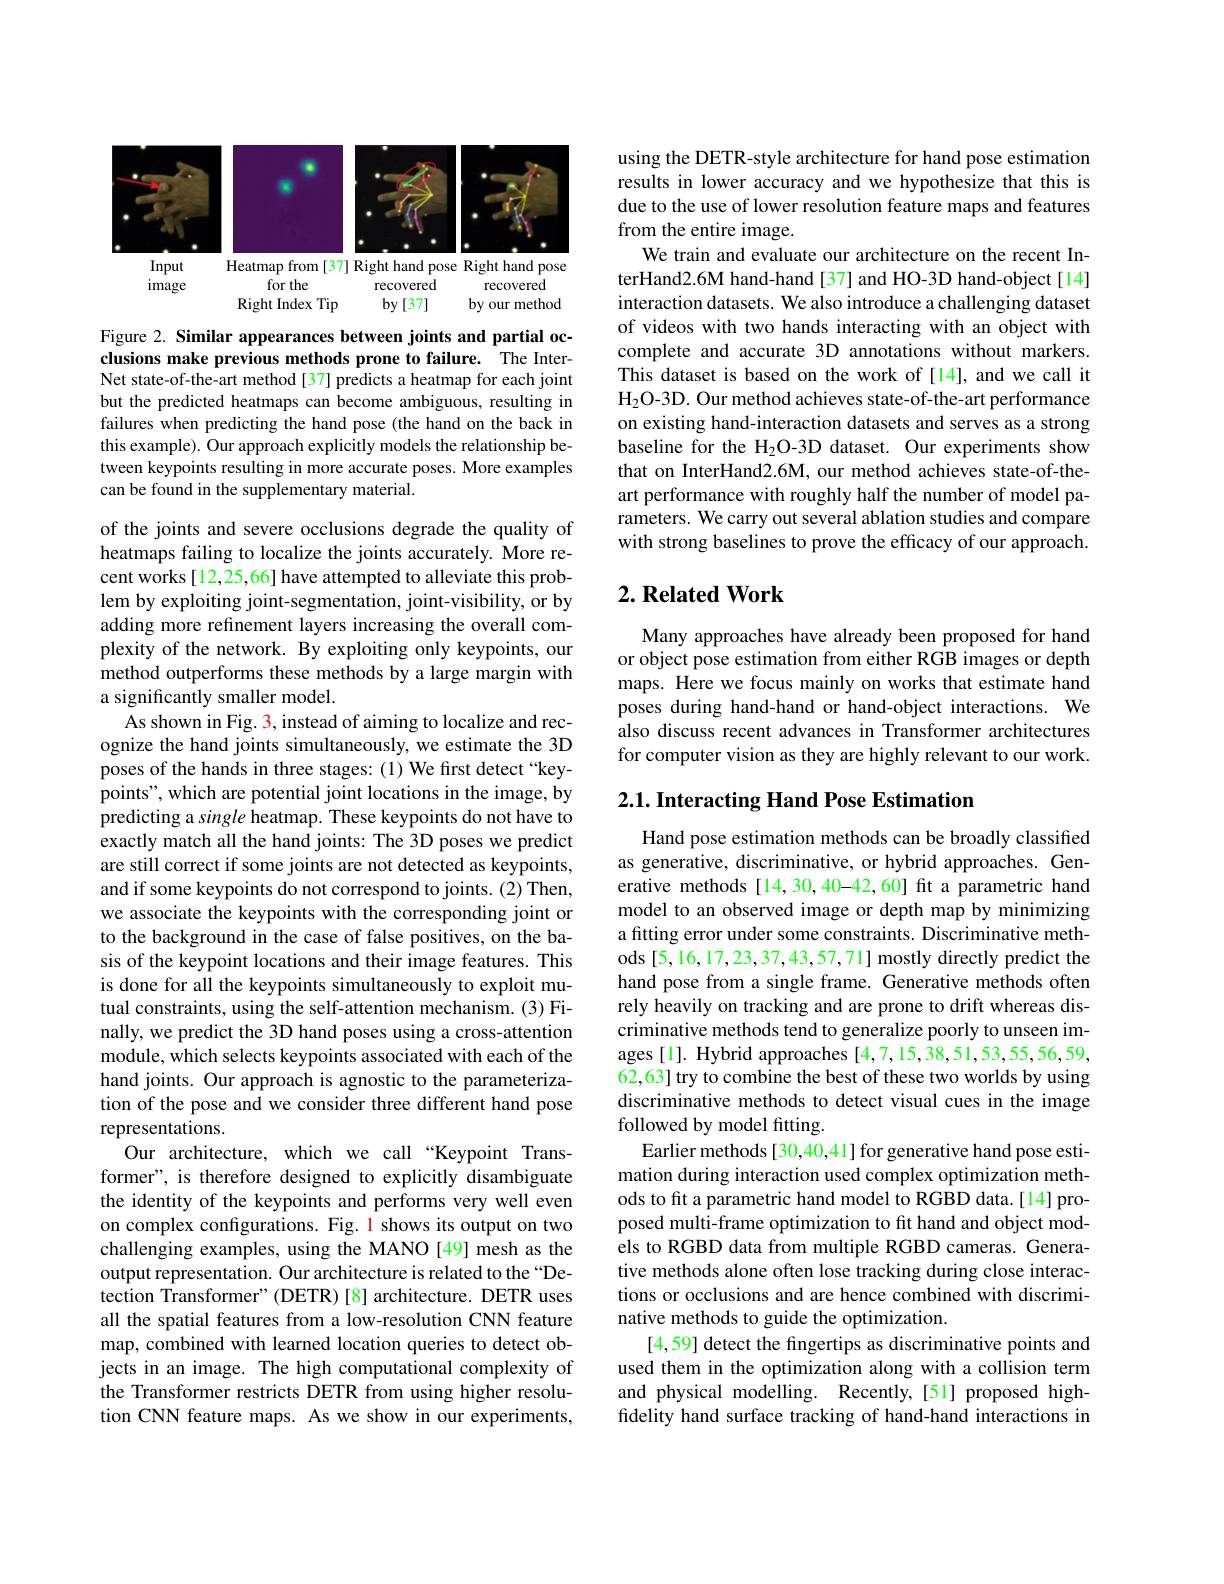
<FigureHere>

Figure 2. Similar appearances between joints and partial occlusions make previous methods prone to failure. The InterNet state-of-the-art method[37] predicts a heatmap for each joint but the predicted heatmaps can become ambiguous, resulting in failures when predicting the hand pose (the hand on the back in this example). Our approach explicitly models the relationship between keypoints resulting in more accurate poses. More examples can be found in the supplementary material.

of the joints and severe occlusions degrade the quality of heatmaps failing to localize the joints accurately. More recent works[12,25,66] have attempted to alleviate this problem by exploiting joint-segmentation, joint-visibility, or by adding more refinement layers increasing the overall complexity of the network. By exploiting only keypoints, our method outperforms these methods by a large margin with a significantly smaller model.
As shown in Fig. 3, instead of aiming to localize and recognize the hand joints simultaneously, we estimate the 3D poses of the hands in three stages: (1) We first detect“keypoints", which are potential joint locations in the image, by predicting a single heatmap. These keypoints do not have to exactly match all the hand joints: The 3D poses we predict are still correct if some joints are not detected as keypoints, and if some keypoints do not correspond to joints. (2) Then, we associate the keypoints with the corresponding joint or to the background in the case of false positives, on the basis of the keypoint locations and their image features. This is done for all the keypoints simultaneously to exploit mutual constraints, using the self-attention mechanism.(3) Finally, we predict the 3D hand poses using a cross-attention module, which selects keypoints associated with each of the hand joints. Our approach is agnostic to the parameterization of the pose and we consider three different hand pose representations.
Our architecture, which we call “Keypoint Transformer", is therefore designed to explicitly disambiguate the identity of the keypoints and performs very well even on complex configurations. Fig. 1 shows its output on two challenging examples, using the MANO [49] mesh as the output representation. Our architecture is related to the “Detection Transformer" (DETR) [8] architecture. DETR uses all the spatial features from a low-resolution CNN feature map, combined with learned location queries to detect objects in an image. The high computational complexity of the Transformer restricts DETR from using higher resolution CNN feature maps. As we show in our experiments,

using the DETR-style architecture for hand pose estimation results in lower accuracy and we hypothesize that this is due to the use of lower resolution feature maps and features from the entire image.
We train and evaluate our architecture on the recent InterHand2.6M hand-hand[37] and HO-3D hand-object[14] interaction datasets. We also introduce a challenging dataset of videos with two hands interacting with an object with complete and accurate 3D annotations without markers. This dataset is based on the work of [14], and we call it $H_2$O- 3D. Our method achieves state- of- the- art performance on existing hand-interaction datasets and serves as a strong baseline for the H2O-3D dataset. Our experiments show that on InterHand2.6M, our method achieves state-of-theart performance with roughly half the number of model parameters. We carry out several ablation studies and compare with strong baselines to prove the efficacy of our approach.

## $2. \textbf{Related Work}$

Many approaches have already been proposed for hand or object pose estimation from either RGB images or depth maps. Here we focus mainly on works that estimate hand poses during hand-hand or hand-object interactions. We also discuss recent advances in Transformer architectures for computer vision as they are highly relevant to our work.

## $2. 1. \textbf{ Interacting Hand Pose Estimation}$

Hand pose estimation methods can be broadly classified as generative, discriminative, or hybrid approaches. Generative methods [14,30,40-42,60] fit a parametric hand model to an observed image or depth map by minimizing a fitting error under some constraints. Discriminative methods [5,16,17,23,37,43,57,71] mostly directly predict the hand pose from a single frame. Generative methods often rely heavily on tracking and are prone to drift whereas discriminative methods tend to generalize poorly to unseen images[1]. Hybrid approaches [4,7,15,38,51,53,55,56,59, 62,63] try to combine the best of these two worlds by using discriminative methods to detect visual cues in the image followed by model fitting.
Earlier methods [30,40,41] for generative hand pose estimation during interaction used complex optimization methods to fit a parametric hand model to RGBD data.[14] proposed multi-frame optimization to fit hand and object models to RGBD data from multiple RGBD cameras. Generative methods alone often lose tracking during close interactions or occlusions and are hence combined with discriminative methods to guide the optimization.
[4,59] detect the fingertips as discriminative points and used them in the optimization along with a collision term and physical modelling. Recently,[51] proposed highfidelity hand surface tracking of hand-hand interactions in